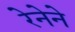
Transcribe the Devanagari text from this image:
रेनेने